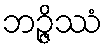
ဘဉ္ဇိဿံ